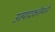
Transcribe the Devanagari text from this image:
उत्पादकतेमध्ये